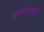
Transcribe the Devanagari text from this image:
खलोगशास्त्री